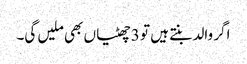
اگر والد بنتے ہیں تو 3 چھٹیاں بھی ملیں گی۔